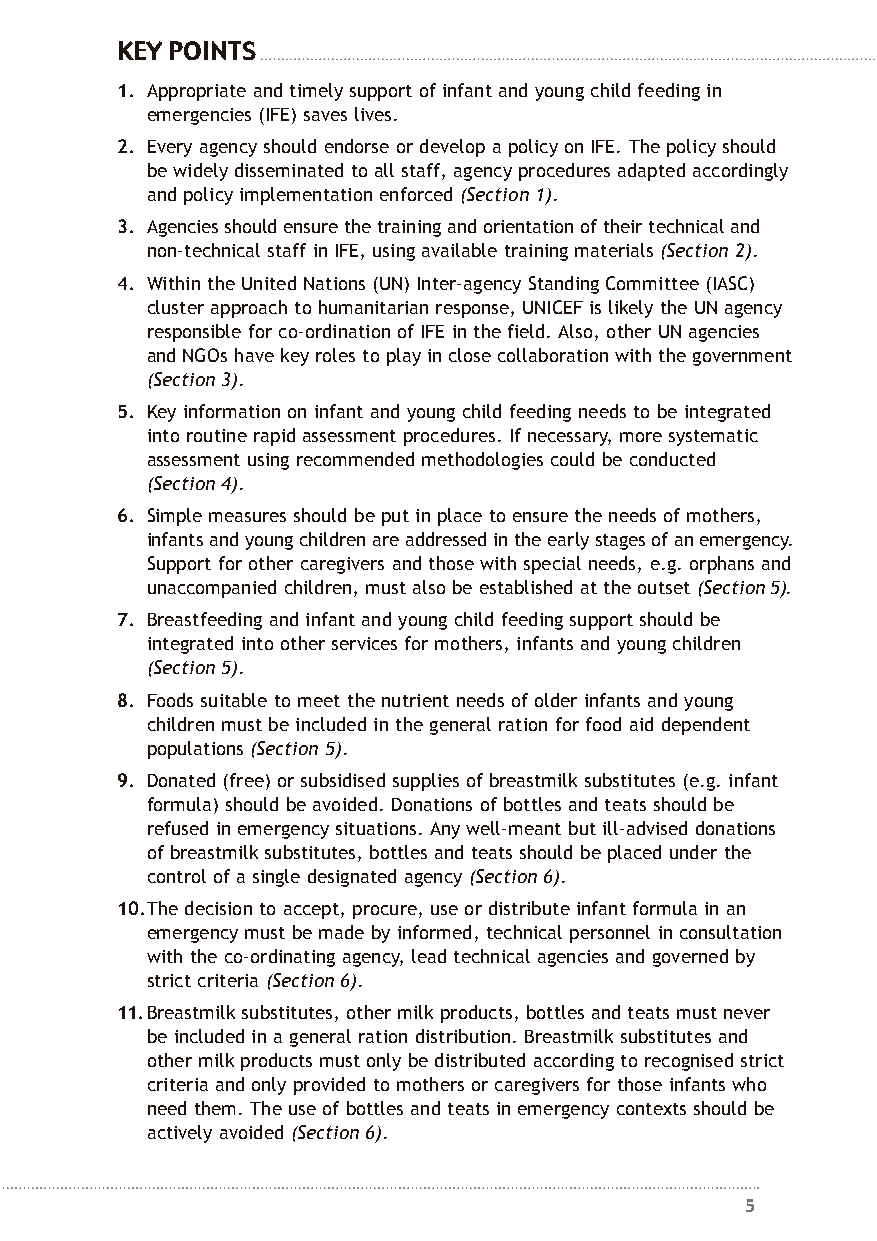
KEY POINTS
 1. Appropriate and timely support of infant and young child feeding in
 emergencies (IFE) saves lives.
 2. Every agency should endorse or develop a policy on IFE. The policy should
 be widely disseminated to all staff, agency procedures adapted accordingly
 and policy implementation enforced (Section 1).
 3. Agencies should ensure the training and orientation of their technical and
 non-technical staff in IFE, using available training materials (Section 2).
 4. Within the United Nations (UN) Inter-agency Standing Committee (IASC)
 cluster approach to humanitarian response, UNICEF is likely the UN agency
 responsible for co-ordination of IFE in the field. Also, other UN agencies
 and NGOs have key roles to play in close collaboration with the government
 (Section 3).
 5. Key information on infant and young child feeding needs to be integrated
 into routine rapid assessment procedures. If necessary, more systematic
 assessment using recommended methodologies could be conducted
 (Section 4).
 6. Simple measures should be put in place to ensure the needs of mothers,
 infants and young children are addressed in the early stages of anemergency.
 Support for other caregivers and those with special needs, e.g. orphans and
 unaccompanied children, must also be established at the outset (Section5).
 7. Breastfeeding and infant and young child feeding support should be
 integrated into other services for mothers, infants and young children
 (Section 5).
 8. Foods suitable to meet the nutrient needs of older infants and young
 children must be included in the general ration for food aid dependent
 populations (Section 5).
 9. Donated (free) or subsidised supplies of breastmilk substitutes (e.g. infant
 formula) should be avoided. Donations of bottles and teats should be
 refused in emergency situations. Any well-meant but ill-advised donations
 of breastmilk substitutes, bottles and teats should be placed under the
 control of a single designated agency (Section 6).
 10.The decision to accept, procure, use or distribute infant formula in an
 emergency must be made by informed, technical personnel in consultation
 with the co-ordinating agency, lead technical agencies and governed by
 strict criteria (Section 6).
 11.Breastmilk substitutes, other milk products, bottles and teats must never
 be included in a general ration distribution. Breastmilk substitutes and
 other milk products must only be distributed according to recognised strict
 criteria and only provided to mothers or caregivers for those infants who
 need them. The use of bottles and teats in emergency contexts should be
 actively avoided (Section 6).
 5